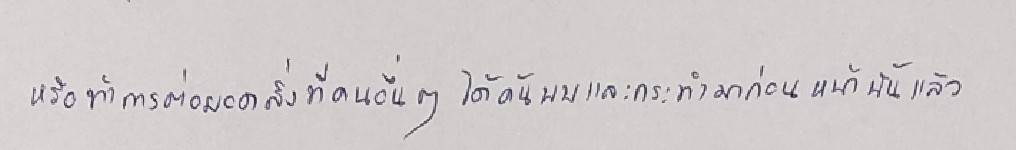
หรือทำการต่อยอดสิ่งที่คนอื่นๆได้ค้นพบและกระทำมาก่อนหน้านั้นแล้ว